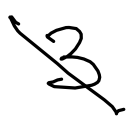
Text: 3
Cross-out: diagonal
Writing tool: digital_black